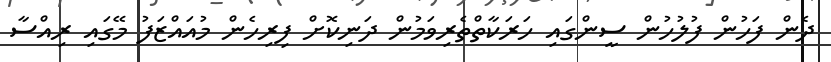
ދެން ފަހުން ފުލުހުން ސީންގައި ހަރަކާތްތެރިވަމުން ދަނިކޮށް ފިރިހެން މުއައްޒަފު މޭގައި ރިއްސާ